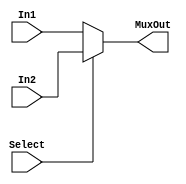
`timescale 1ns/1ns

module Mux2to1_4bits(
  input Select, 
  input [3:0] In1, In2,
  output [3:0] MuxOut);
  assign MuxOut = Select ? In2 : In1; //input 0 goes first
endmodule